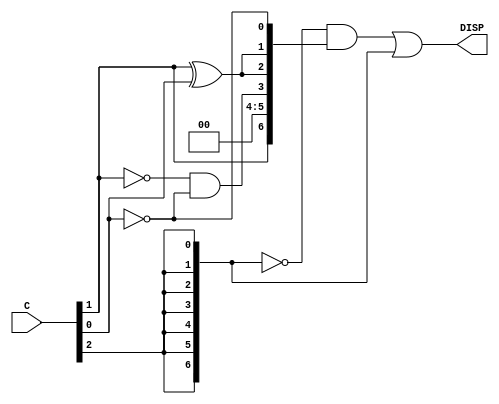
module decoder(DISP, C);
	output [6:0] DISP;
	input  [2:0] C;
	wire   [6:0] charCode;
	wire   [6:0] xS = {7{C[2]}};
	
	assign charCode[0] = ~C[0];
	assign charCode[1] = C[1] ^ C[0];
	assign charCode[2] = C[1] ^ C[0];		// Try assign DISP[2]=DISP[1]
	assign charCode[3] = ~C[1] & ~C[0];
	assign charCode[4] = 1'b0;
	assign charCode[5] = 1'b0;
	assign charCode[6] = C[1];
	
	assign DISP = (~xS & charCode) | xS;
endmodule

module downClocker(pulse, clk, reset, en);
	output reg pulse;
	input  clk, reset, en;
	reg [25:0] out;
		
	always @(posedge clk or negedge reset) begin
		if(~reset) begin
			out <= 26'd0;
			pulse <= 1'b0;
		end
		else if(en) begin
			out <= out + 26'd1;				// Combinational action 1
			if(out == 26'd24999999) begin	// Combinational action 2
				pulse <= ~pulse;
				out <= 26'd0;
			end
		end
	end
endmodule

module rotReg(out, pIn, reset, load, clk);
	parameter WIDTH = 3;
	parameter DEPTH = 8;
		
	output reg [WIDTH*DEPTH-1:0] out;
	input  [WIDTH*DEPTH-1:0] pIn;
	input  clk, load, reset;
	
	integer i;
	always @(posedge clk or negedge reset or posedge load) begin
		if(~reset)
			out <= {WIDTH*DEPTH{1'b0}};
		else if(load)
			out <= pIn;
		else begin
			//Saad: out <= {{out[WIDTH*(DEPTH-1)-1:0]}, {out[WIDTH*DEPTH-1:WIDTH*(DEPTH-1)]}};
			out[WIDTH-1 -: WIDTH] <= out[WIDTH*DEPTH-1 -: WIDTH];
			for(i=2; i <= DEPTH; i = i+1)
				out[(WIDTH*i -1) -: WIDTH] <= out[(WIDTH*(i-1)-1) -: WIDTH];
		end
	end
endmodule

module main(HEX3, HEX2, HEX1, HEX0, CLOCK_50, KEY, SW);
	output [6:0] HEX3, HEX2, HEX1, HEX0;
	input  [0:0] SW;
	input  [3:2] KEY;
	input  CLOCK_50;
	
	wire [23:0] out;
	wire [23:0] pIn = {3'b000, 3'b001, 3'b010, 3'b010, 3'b011, 3'b100, 3'b100, 3'b100};
	wire clk;
	
	decoder D0(HEX0, out[02:0]);
	decoder D1(HEX1, out[05:3]);
	decoder D2(HEX2, out[08:6]);
	decoder D3(HEX3, out[11:9]);
	
	downClocker DC0(clk, CLOCK_50, KEY[3], SW);
	rotReg      RR0(out, pIn, KEY[3], ~KEY[2], clk);
endmodule 
// KEY 3 is reset. KEY 2 is parallel load.